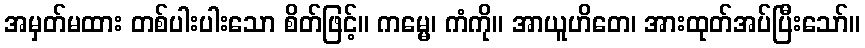
အမှတ်မထား တစ်ပါးပါးသော စိတ်ဖြင့်။ ကမ္မေ၊ ကံကို။ အာယူဟိတေ၊ အားထုတ်အပ်ပြီးသော်။